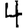
Digit: 4